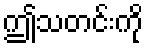
ဤသတင်းကို